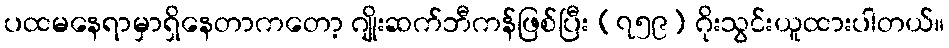
ပထမနေရာမှာရှိနေတာကတော့ ဂျိုးဆက်ဘီကန်ဖြစ်ပြီး (၇၅၉) ဂိုးသွင်းယူထားပါတယ်။